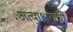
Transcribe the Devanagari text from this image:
अंत्याक्षराची